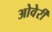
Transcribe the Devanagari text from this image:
ओवेर्री